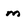
Character: m